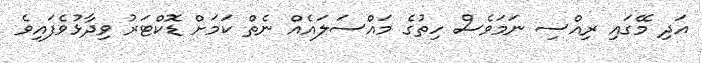
އަދި މޭގައި ރިއްސި ނަމަވެސް ހިތުގެ މައްސަލައެއް ނެތް ކަމަށް ޑޮކްޓަރު ވިދާޅުވެފައިވެ